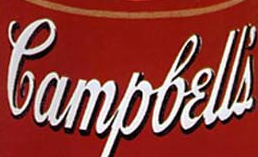
Lampbelli